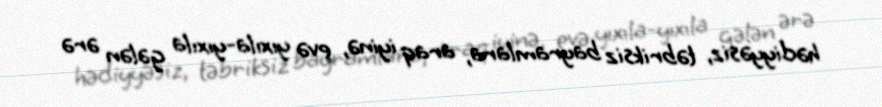
hədiyyəsiz, təbriksiz bayramlara, araq iyinə, evə yıxıla-yıxıla gələn ərə